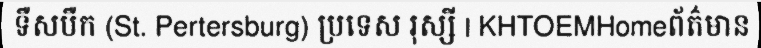
ទឺសបឺក (St. Pertersburg) ប្រទេស រុស្សី | KHTOEMHomeព័ត៌មាន